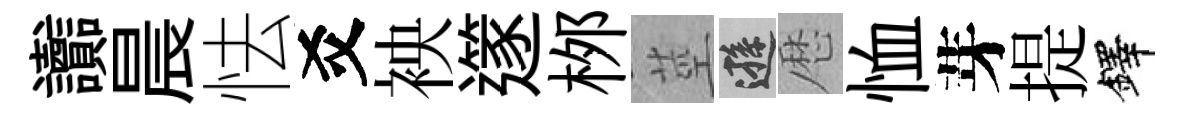
讟晨怯爻䘧𨗹桞莖遜厯恤芽提鐸